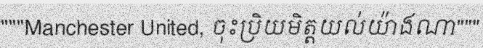
"""Manchester United, ចុះប្រិយមិត្តយល់យ៉ាងណា"""